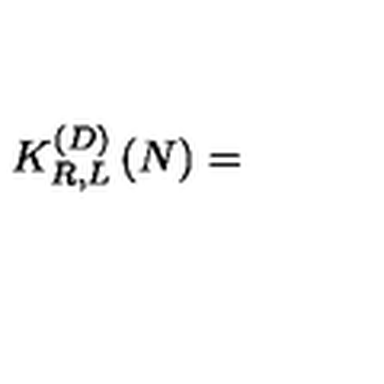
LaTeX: K _ { R , L } ^ { \left( D \right) } \left( N \right) =